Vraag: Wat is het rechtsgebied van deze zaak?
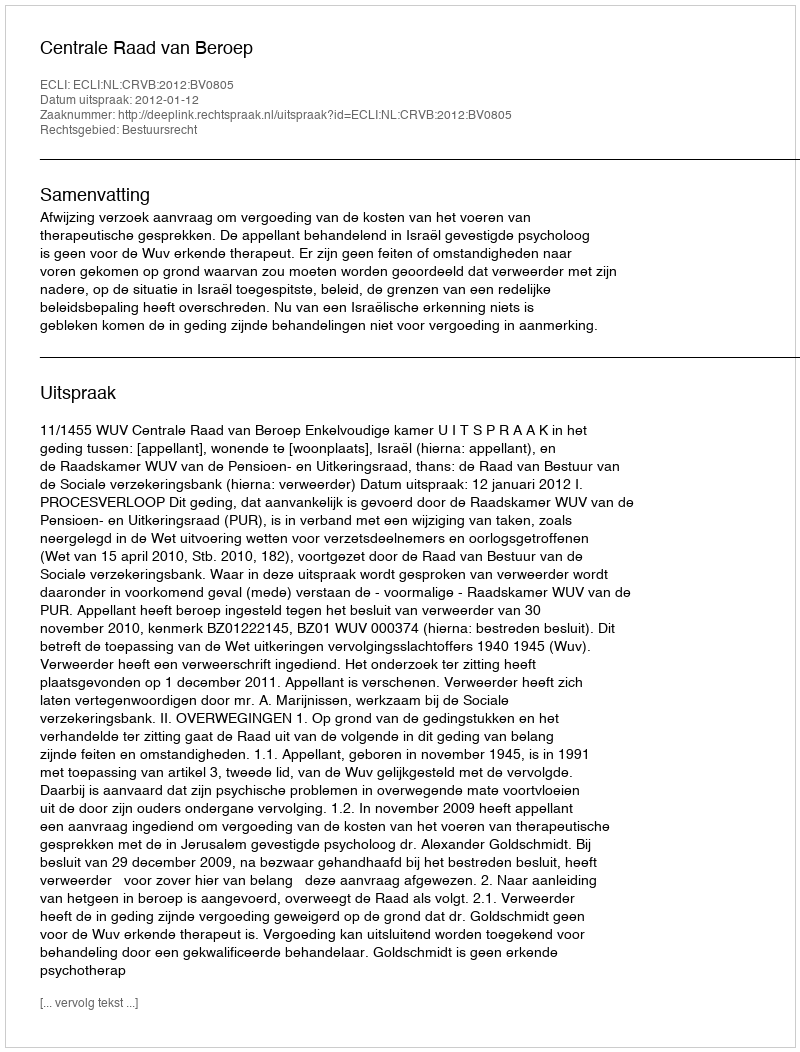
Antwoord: Bestuursrecht